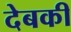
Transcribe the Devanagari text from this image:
देबकी